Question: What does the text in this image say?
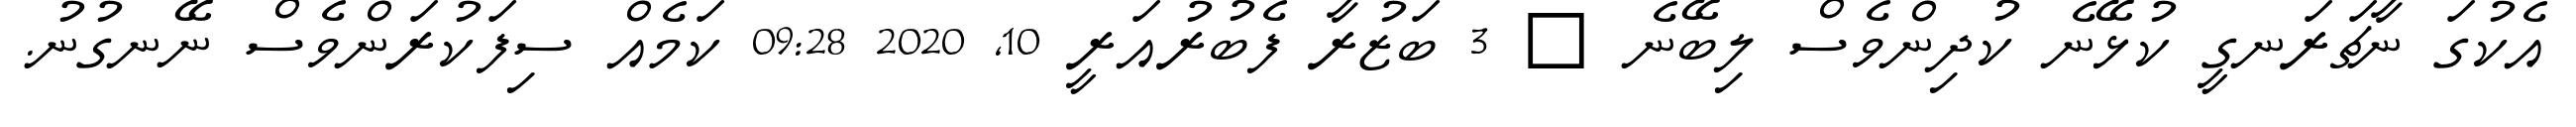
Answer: އެކުގަ ނާޗަރަނގީ ކުޅޭނެ ކުދިންވެސް ލިބޭނެ ? 3 ބަޒުރާ ފެބުރުއަރީ 10, 2020 09:28 ކަމެއް ސިފަކުރަންވެސް ނޭނގުނު.